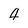
Character: 4